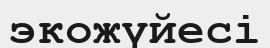
экожүйесі